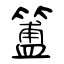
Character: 簠